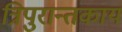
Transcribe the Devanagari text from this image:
त्रिपुरान्तकाय